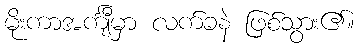
မိုးကာအင်္ကျီမှာ လက်ခနဲ ဖြစ်သွား၏။